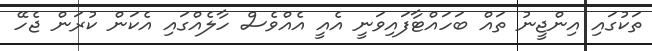
ތަކުގައި އިންޖީނު ތައް ބަހައްޓާފައިވަނީ އެއީ އެއްވެސް ހާލެއްގައި އެކަން ކުރަން ޖެހޭ